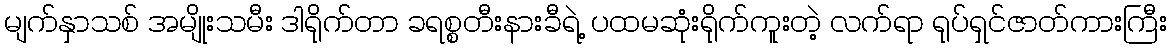
မျက်နှာသစ် အမျိုးသမီး ဒါရိုက်တာ ခရစ္စတီးနားခီရဲ့ ပထမဆုံးရိုက်ကူးတဲ့ လက်ရာ ရုပ်ရှင်ဇာတ်ကားကြီး